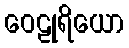
ဝေဠုရိယော